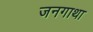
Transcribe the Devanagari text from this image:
जनगाथा